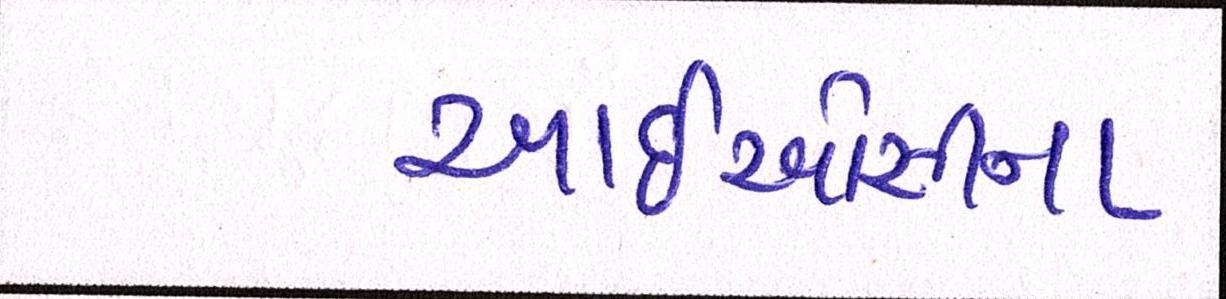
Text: આઈઓસીના